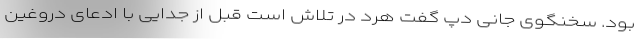
بود. سخنگوی جانی دپ گفت هرد در تلاش است قبل از جدایی با ادعای دروغین